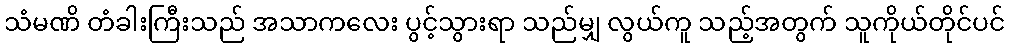
သံမဏိ တံခါးကြီးသည် အသာကလေး ပွင့်သွားရာ သည်မျှ လွယ်ကူ သည့်အတွက် သူကိုယ်တိုင်ပင်